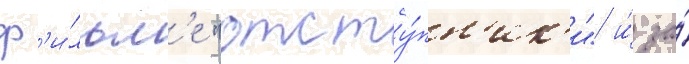
ф'и́льм'е "отсту́пн'ик'и" и́ за́